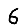
Digit: 6